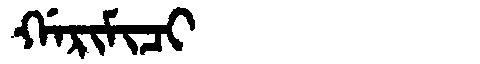
Manchu: ᡤᠠᡵᡳᠮᡳᠴᡳ
Romanization: GARIMICI